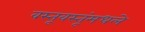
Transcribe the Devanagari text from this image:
वस्तूवस्तूंमधले